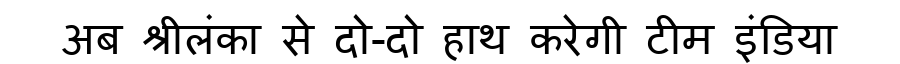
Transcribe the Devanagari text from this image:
अब श्रीलंका से दो-दो हाथ करेगी टीम इंडिया